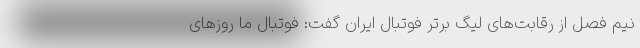
نیم فصل از رقابت‌های لیگ برتر فوتبال ایران گفت: فوتبال‌ ما روزهای